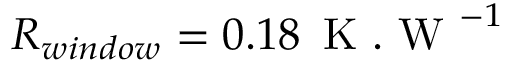
R _ { w i n d o w } = 0 . 1 8 \, \mathrm { ~ K ~ . ~ W ~ } ^ { - 1 }